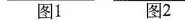
图1 图2